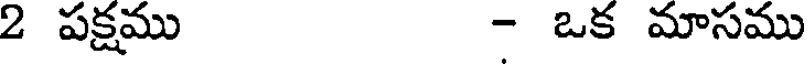
2 పక్షము - ఒక మాసము